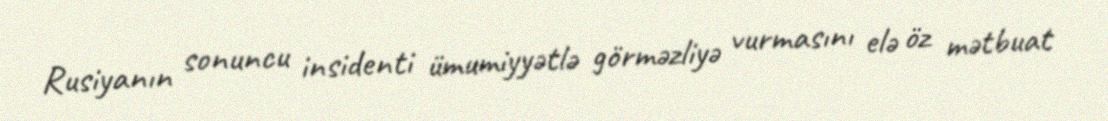
Rusiyanın sonuncu insidenti ümumiyyətlə görməzliyə vurmasını elə öz mətbuat